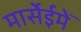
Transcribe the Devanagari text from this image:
मार्सेईमेँ